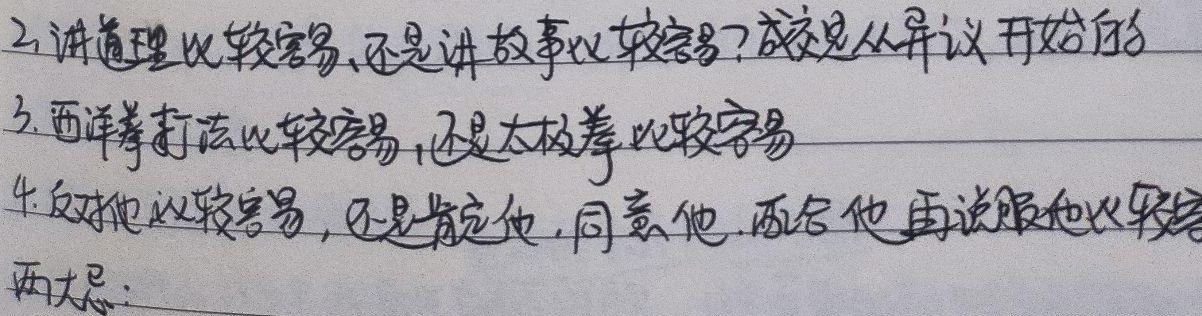
2. 讲道理比较容易，还是讲故事比较容易？成交是从异议开始的
3. 西洋拳打法比较容易，还是太极拳比较容易
4. 反对他比较容易，还是肯定他，同意他，配合他再说服他比较容易
两大忌：